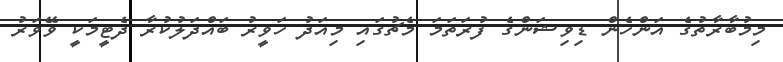
މިމުބާރާތުގެ އަންހެން ޑިވިޝަންގެ ފުރަތަަމަ މެޗުގައި މިއަދު ހަވީރު ބައްދަލުކުރާ ދެޓީމަކީ ވޭވަރު